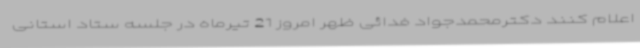
اعلام کنند دکترمحمدجواد فدائی ظهر امروز 21 تیرماه در جلسه ستاد استانی